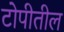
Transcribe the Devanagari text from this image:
टोपीतील